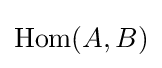
{\mbox{Hom}}(A,B)